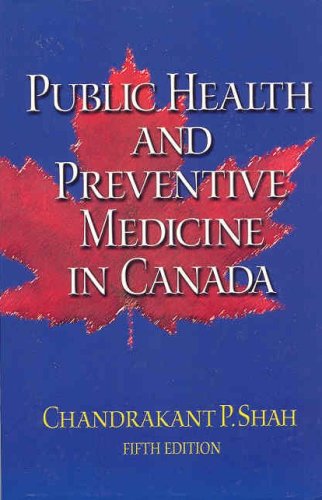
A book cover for Public Health and Preventive Medicine in Canada, 5e; Chandrakant P. Shah MD  DCH  MRCP(Gals)  FRCPC  SM(Hyg)  FACPM  FAAP; Medical Books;